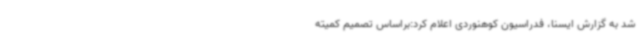
شد به گزارش ایسنا، فدراسیون کوهنوردی اعلام کرد:براساس تصمیم کمیته